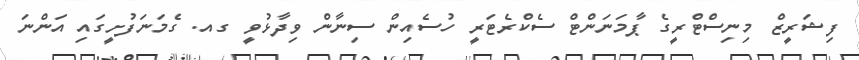
ފިޝަރީޒް މިނިސްޓްރީގެ ޕާމަނަންޓް ސެކްރެޓަރީ ހުސެއިން ސިނާން ވިދާޅުވީ ގއ. ގެމަނަފުށީގައި އަންނަ